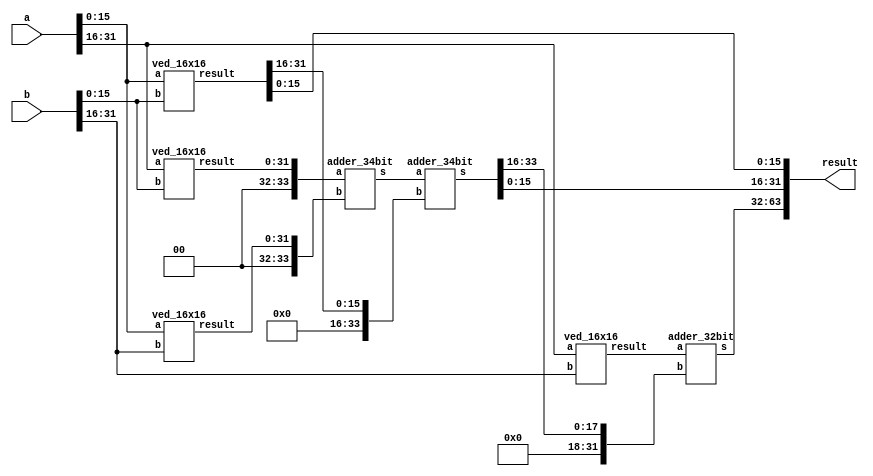
`timescale 1ns / 1ps
//////////////////////////////////////////////////////////////////////////////////
// Designer Name: Bheeshma Verma
// Module Name: ved_32x32
// Project Name: Designing of 32x32 Vedic Multiplier using Verilog
// Target Devices: Artix-7 Nexys 4 DDR FPGA Board
//////////////////////////////////////////////////////////////////////////////////


//32x32 vedic multiplier
module ved_32x32(a,b,result);
  
  input [31:0] a,b;
  output [63:0] result;
  wire [63:0] result;
  wire [31:0] temp0,temp1,temp2,temp3;
  wire [33:0] temp4,temp5;
  wire [31:0] temp6;
  
  ved_16x16 m0(a[15:0],b[15:0],temp0);
  ved_16x16 m1(a[31:16],b[15:0],temp1);
  ved_16x16 m2(a[15:0],b[31:16],temp2);
  ved_16x16 m3(a[31:16],b[31:16],temp3);
  
  adder_34bit a0({2'b00,temp1},{2'b00,temp2},temp4);
  adder_34bit a1(temp4,{2'b00,16'h0000,temp0[31:16]},temp5);
  adder_32bit a2(temp3,{2'b00,12'h000,temp5[33:16]},temp6);
  
  assign result[15:0]= temp0[15:0];
  assign result[31:16] = temp5[15:0];
  assign result[63:32] = temp6;
  
endmodule


// 16x16 vedic multi
module ved_16x16(a,b,result);
  
  input [15:0] a,b;
  output [31:0] result;
  wire [31:0] result;
  wire [15:0] temp0,temp1,temp2,temp3;
  wire [17:0] temp4,temp5;
  wire [15:0] temp6;
  
  ved_8x8 m0(a[7:0],b[7:0],temp0);
  ved_8x8 m1(a[15:8],b[7:0],temp1);
  ved_8x8 m2(a[7:0],b[15:8],temp2);
  ved_8x8 m3(a[15:8],b[15:8],temp3);
  
  adder_18bit a0({2'b00,temp1},{2'b00,temp2},temp4);
  adder_18bit a1(temp4,{10'b0000000000,temp0[15:8]},temp5);
  adder_16bit a2(temp3,{6'b000000,temp5[17:8]},temp6);
  
  assign result[7:0] = temp0[7:0];
  assign result[15:8] = temp5[7:0];
  assign result[31:16] = temp6;
  
endmodule

// 8x8 vedic multi
module ved_8x8(a,b,result);
  
  input [7:0] a,b;
  output [15:0] result;
  wire [15:0] result;
  wire [7:0] temp0,temp1,temp2,temp3;
  wire [9:0] temp4,temp5;
  wire [7:0] temp6;
  
  ved_4x4 m0(a[3:0],b[3:0],temp0);
  ved_4x4 m1(a[7:4],b[3:0],temp1);
  ved_4x4 m2(a[3:0],b[7:4],temp2);
  ved_4x4 m3(a[7:4],b[7:4],temp3);
  
  adder_10bit a0({2'b00,temp1},{2'b00,temp2},temp4);
  adder_10bit a1(temp4,{6'b000000,temp0[7:4]},temp5);
  adder_8bit a2(temp3,{2'b00,temp5[9:4]},temp6);
  
  assign result[3:0] = temp0[3:0];
  assign result[7:4] = temp5[3:0];
  assign result[15:8] = temp6;
  
endmodule

// 4x4 vedic multi
module ved_4x4(a,b,result);
  
  input [3:0] a,b;
  output [7:0] result;
  wire [7:0] result;
  
  wire [3:0] temp0,temp1,temp2,temp3;
  wire [5:0] temp4,temp5;
  wire [3:0] temp6;
  
  ved_2x2 m0(a[1:0],b[1:0],temp0);
  ved_2x2 m1(a[3:2],b[1:0],temp1);
  ved_2x2 m2(a[1:0],b[3:2],temp2);
  ved_2x2 m3(a[3:2],b[3:2],temp3);
  
  adder_6bit a0({2'b00,temp1},{2'b00,temp2},temp4);
  adder_6bit a1(temp4,{4'b0000,temp0[3:2]},temp5);
  adder_4bit a2(temp3,temp5[5:2],temp6);
  
  assign result[1:0] = temp0[1:0];
  assign result[3:2] = temp5[1:0];
  assign result[7:4] = temp6;
  
endmodule

// 2x2 vedic multiplier
module ved_2x2(a,b,result);
  
  input [1:0] a,b;
  output [3:0] result;
  wire [3:0] w;
  
  assign result[0] = a[0] & b[0];
  assign w[0] = a[1] & b[0];
  assign w[1] = a[0] & b[1];
  assign w[2] = a[1] & b[1];
  
  half_adder ha0(w[0],w[1],result[1],w[3]);
  half_adder ha1(w[2],w[3],result[2],result[3]);
  
endmodule

// 34 bit adder
module adder_34bit(a,b,s);
  
  input [33:0] a,b;
  output [33:0] s;
  wire [33:0] s;
  
  assign s = a + b;
  
endmodule

// 32 bit adder
module adder_32bit(a,b,s);
  
  input [31:0] a,b;
  output [31:0] s;
  wire [31:0] s;
  
  assign s = a + b;
  
endmodule

// 18 bit adder
module adder_18bit(a,b,s);
  
  input [17:0] a,b;
  output [17:0] s;
  wire [17:0] s;
  
  assign s = a + b;
  
endmodule

// 16 bit adder
module adder_16bit(a,b,s);
  
  input [15:0] a,b;
  output [15:0] s;
  wire [15:0] s;
  
  assign s = a + b;
  
endmodule

// 10 bit adder
module adder_10bit(a,b,s);
  
  input [9:0] a,b;
  output [9:0] s;
  wire [9:0] s;
  
  assign s = a + b;
  
endmodule

// 8 bit adder
module adder_8bit(a,b,s);
  
  input [7:0] a,b;
  output [7:0] s;
  wire [7:0] s;
  
  assign s = a + b;
  
endmodule 

// 6 bit adder
module adder_6bit(a,b,s);
  
  input [5:0] a,b;
  output [5:0] s;
  wire [5:0] s;
  
  assign s = a + b;
  
endmodule

// 4 bit adder
module adder_4bit(a,b,s);
  
  input [3:0] a,b;
  output [3:0] s;
  wire [3:0] s;
  
  assign s = a + b;
  
endmodule

// Half adder module
module half_adder(a,b,s,co);
  
  input a,b;
  output s,co;
  
  assign s = a ^ b;
  assign co = a & b;
  
endmodule